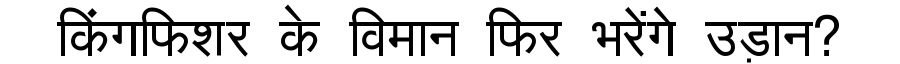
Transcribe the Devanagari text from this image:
किंगफिशर के विमान फिर भरेंगे उड़ान?